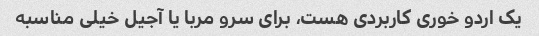
یک اردو خوری کاربردی هست، برای سرو مربا یا آجیل خیلی مناسبه